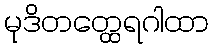
မုဒိတတ္ထေရဂါထာ